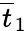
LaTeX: \overline{{t}}_{1}